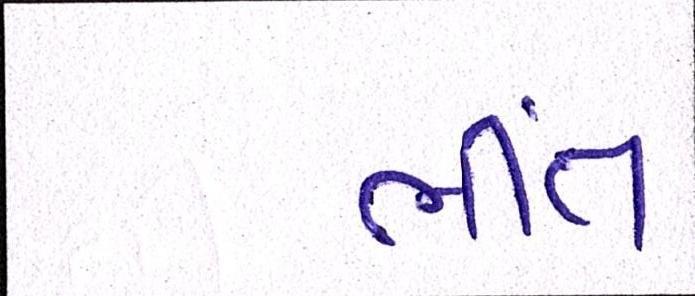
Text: ભીંત